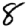
Digit: 8